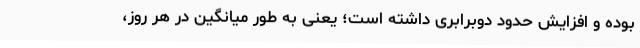
بوده و افزایش حدود دوبرابری داشته است؛ یعنی به طور میانگین در هر روز،